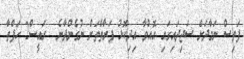
ފަތިސް ނަމާދަށް ސަޖިދައިގައި އޮއްވާ އިދިކޮޅު ފަރާތްތަށް ނުގެންދާނެ  ރައީސް2 ހަފްތާ